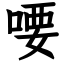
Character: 喓